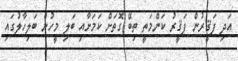
އަދި ފަޤީރުން ފަޤީރު ކަންމަތީ ތިބޭ ގޮތަށް ކަމަށާއި ބަލި މީހުން ބަލިހާލުގައި